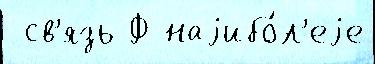
 св'язь Ф наjибо́л'еjе